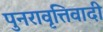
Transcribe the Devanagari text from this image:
पुनरावृत्तिवादी